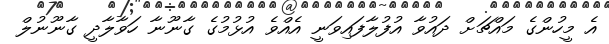
އެ މީހުންގެ މައްޗަށް ދައުވާ އުފުލާފައިވަނީ އެއްވެ އުޅުމުގެ ގާނޫނާ ހަވާލާދީ ގާނޫނުލް